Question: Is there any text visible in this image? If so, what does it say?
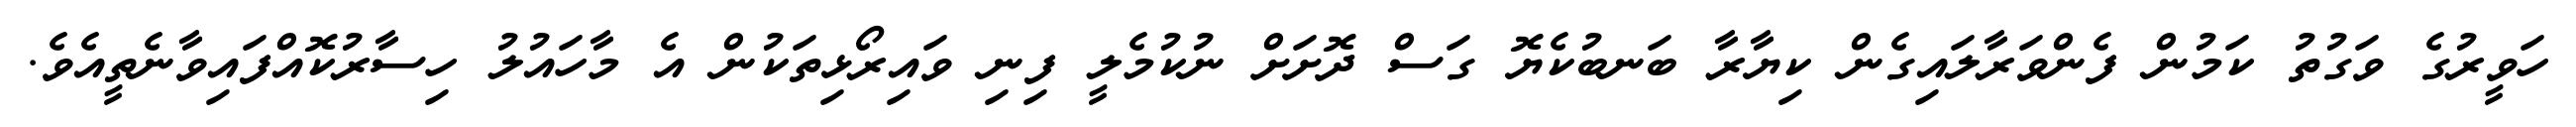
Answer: ހަވީރުގެ ވަގުތު ކަމުން ފެންވަރާލައިގެން ކިޔާރާ ބަނބުކެޔޮ ގަސް ދޮށަށް ނުކުމެލީ ފިނި ވައިރޯޅިތަކުން އެ މާހައުލު ހިސާރުކޮއްފައިވާނެތީއެވެ.